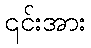
၎င်းအား